Annual administration and progress report of the Indian Medical Department, Bombay
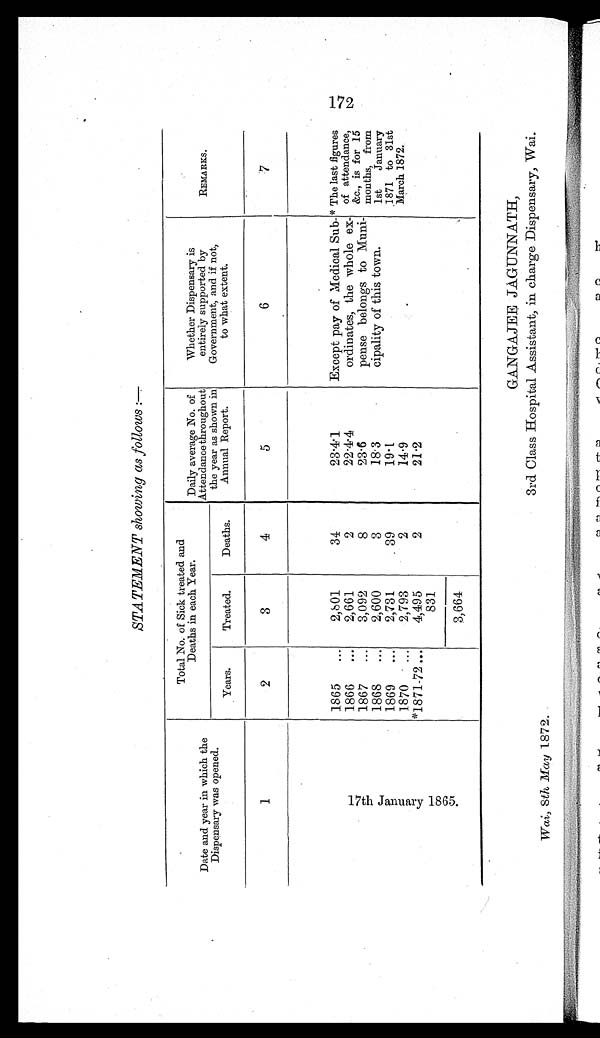
STATEMENT showing as follows :—
Date and year in which the
Dispensary was opened.
Total No. of Sick treated and
Deaths in each Year.
Daily average No. of
Attendance throughout
the year as shown in
Annual Report.
Whether Dispensary is
entirely supported by
Government, and if not,
to what extent.
REMARKS.
Years.
Treated.
Deaths.
1
2
3
4
5
6
7
1 7 t h J a n u a r y 1 8 6 5 .
1865 ...
2,801
34
23.4.1
Except pay of Medical Sub-
ordinates, the whole ex-
pense belongs to Muni-
cipality of this town.
* The last figures 172
of attendance,
&c., is for 15
months, from
1st January
1871 to 31st
March 1872.
1866 ...
2,661
2
22.4.4
1867 ...
3,092
8
23.6
1868 ...
2,600
3
18.3
1869 ...
2,731
39
19.1
1870 ...
2,793
2
14.9
*1871-72 ...
4,495
2
21.2
831
3,664
Wai, 8th May 1872.
GANGAJEE JAGUNNATH,
3rd Class Hospital Assistant, in charge Dispensary, Wai.